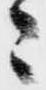
々